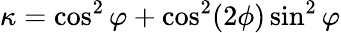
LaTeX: \kappa=\cos^{2}\varphi+\cos^{2}(2\phi)\sin^{2}\varphi